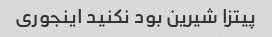
پیتزا شیرین بود نکنید اینجوری